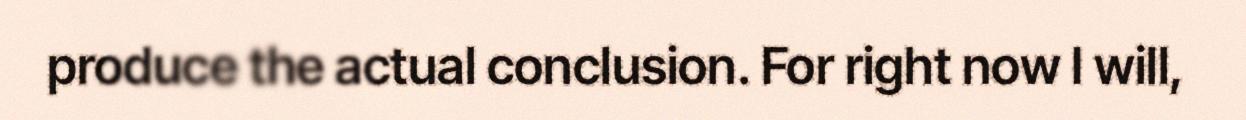
produce the actual conclusion. For right now I will,